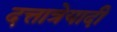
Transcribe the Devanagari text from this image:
दत्तात्रेयादी